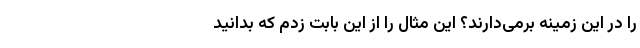
را در این زمینه برمی‌دارند؟ این مثال را از این بابت زدم که بدانید